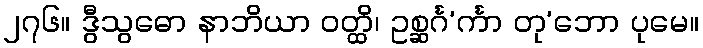
၂၇၆။ ဒွီသွဓော နာဘိယာ ဝတ္ထိ၊ ဥစ္ဆင်္ဂ’င်္ကာ တု’ဘော ပုမေ။